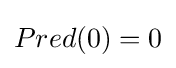
Pred(0)=0